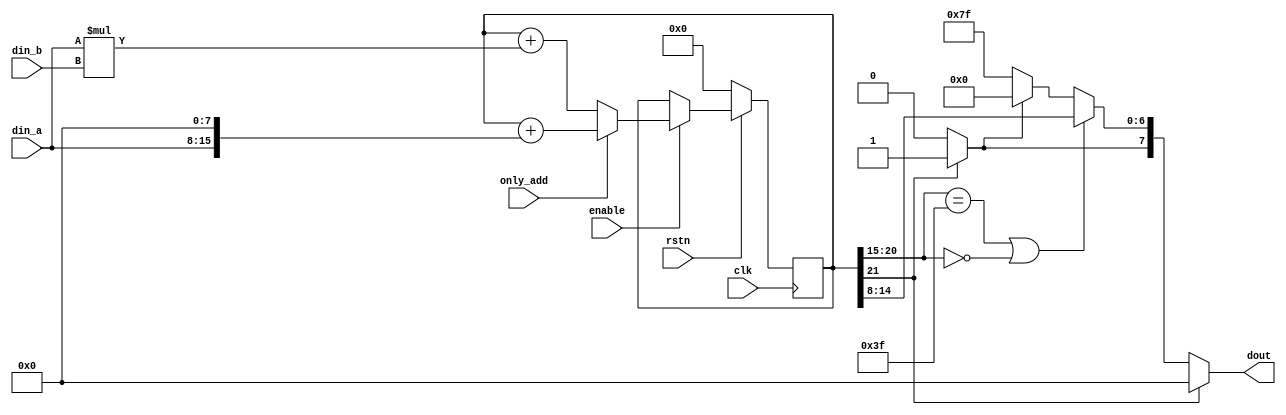
`timescale 1ns / 1ps
//////////////////////////////////////////////////////////////////////////////////
// University: SKKU
// 
// Design Name: 
// Module Name: mac_relu
// Project Name: Final project
// Target Devices: 
// Tool Versions: 
// Description: 
// 
// Dependencies: 
// 
// Revision:
// Revision 0.01 - File Created
// Additional Comments:
// 
//////////////////////////////////////////////////////////////////////////////////
module mac_relu(
        input clk, rstn,
        input signed [7:0] din_a, din_b,
        input only_add,
        input enable,
        output [7:0] dout
    );
    
    reg signed [21:0] acc;

    wire q_7;
    wire over_flow;
    wire [6:0] q_6_0;
   
    //quantization
    assign q_7 = (acc[21:21] == 1'b1) ?  1 : 0;
    assign over_flow = (acc[20:15] == 6'b111111 || acc[20:15] == 6'b000000) ? 0 : 1;    
    assign q_6_0 = (over_flow == 0) ? acc[14:8] : (q_7 == 1) ? 7'b0000000 : 7'b1111111; 
    /////////////////////////////////////////////////
    //output
    assign dout =  (acc[21:21] == 1) ? 8'b00000000 :{q_7 ,q_6_0};
    /////////////////////////////////////////////////

    always @(posedge clk) begin
        if (rstn == 1'b0) acc <= 'd0;
        
        else if (enable == 1'b1) begin
                if (only_add == 1'b1)  acc <= acc + (din_a <<< 8);
                else                   acc <= acc + (din_a * din_b); 
        end
    end
    
endmodule